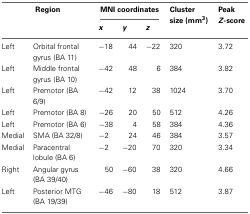
<table><thead><tr><td colspan="2"><b>Region</b></td><td colspan="3"><b>MNI coordinates</b></td><td><b>Cluster size (mm<sup>3</sup>)</b></td><td><b>Peak <i>Z</i>-score</b></td></tr><tr><td colspan="2"></td><td><b><i>x</i></b></td><td><b><i>y</i></b></td><td><b><i>z</i></b></td><td></td><td></td></tr></thead><tbody><tr><td>Left</td><td>Orbital frontal gyrus (BA 11)</td><td>−18</td><td>44</td><td>−22</td><td>320</td><td>3.72</td></tr><tr><td>Left</td><td>Middle frontal gyrus (BA 10)</td><td>−42</td><td>48</td><td>6</td><td>384</td><td>3.82</td></tr><tr><td>Left</td><td>Premotor (BA 6/9)</td><td>−42</td><td>12</td><td>38</td><td>1024</td><td>3.70</td></tr><tr><td>Left</td><td>Premotor (BA 8)</td><td>−26</td><td>20</td><td>50</td><td>512</td><td>4.26</td></tr><tr><td>Left</td><td>Premotor (BA 6)</td><td>−38</td><td>4</td><td>58</td><td>384</td><td>4.36</td></tr><tr><td>Medial</td><td>SMA (BA 32/8)</td><td>−2</td><td>24</td><td>46</td><td>384</td><td>3.57</td></tr><tr><td>Medial</td><td>Paracentral lobule (BA 6)</td><td>−2</td><td>−20</td><td>70</td><td>320</td><td>3.34</td></tr><tr><td>Right</td><td>Angular gyrus (BA 39/40)</td><td>50</td><td>−60</td><td>38</td><td>320</td><td>4.66</td></tr><tr><td>Left</td><td>Posterior MTG (BA 19/39)</td><td>−46</td><td>−80</td><td>18</td><td>512</td><td>3.87</td></tr></tbody></table>